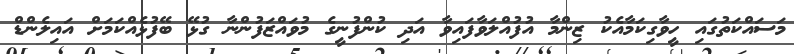
މަސައްކަތުގައި ހީވާގިކަމާއެކު ޒިންމާ އުފުއްލަވާފައިވާ އަދި ކުންފުނީގެ މުވައްޒަފުންނާ ގުޅޭ ބޭފުޅެއްކަމަށް އައިލެންޑް